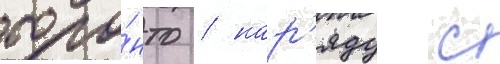
торо́нто / нар'яду с